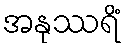
အနုဿရိံ